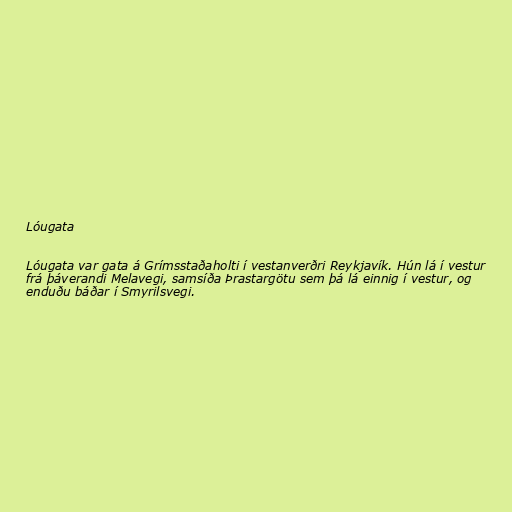
Lóugata

Lóugata var gata á Grímsstaðaholti í vestanverðri Reykjavík. Hún lá í vestur
frá þáverandi Melavegi, samsíða Þrastargötu sem þá lá einnig í vestur, og
enduðu báðar í Smyrilsvegi.